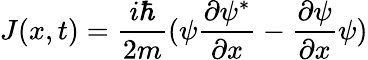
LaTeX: J(x,t)={\frac{i\hbar}{2m}}(\psi{\frac{\partial\psi^{*}}{\partial x}}-{\frac{\partial\psi}{\partial x}}\psi)